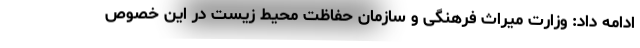
ادامه داد: وزارت میراث فرهنگی و سازمان حفاظت محیط زیست در این خصوص